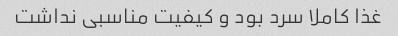
غذا کاملا سرد بود و کیفیت مناسبی نداشت